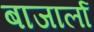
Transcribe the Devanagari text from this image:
बाजार्ला